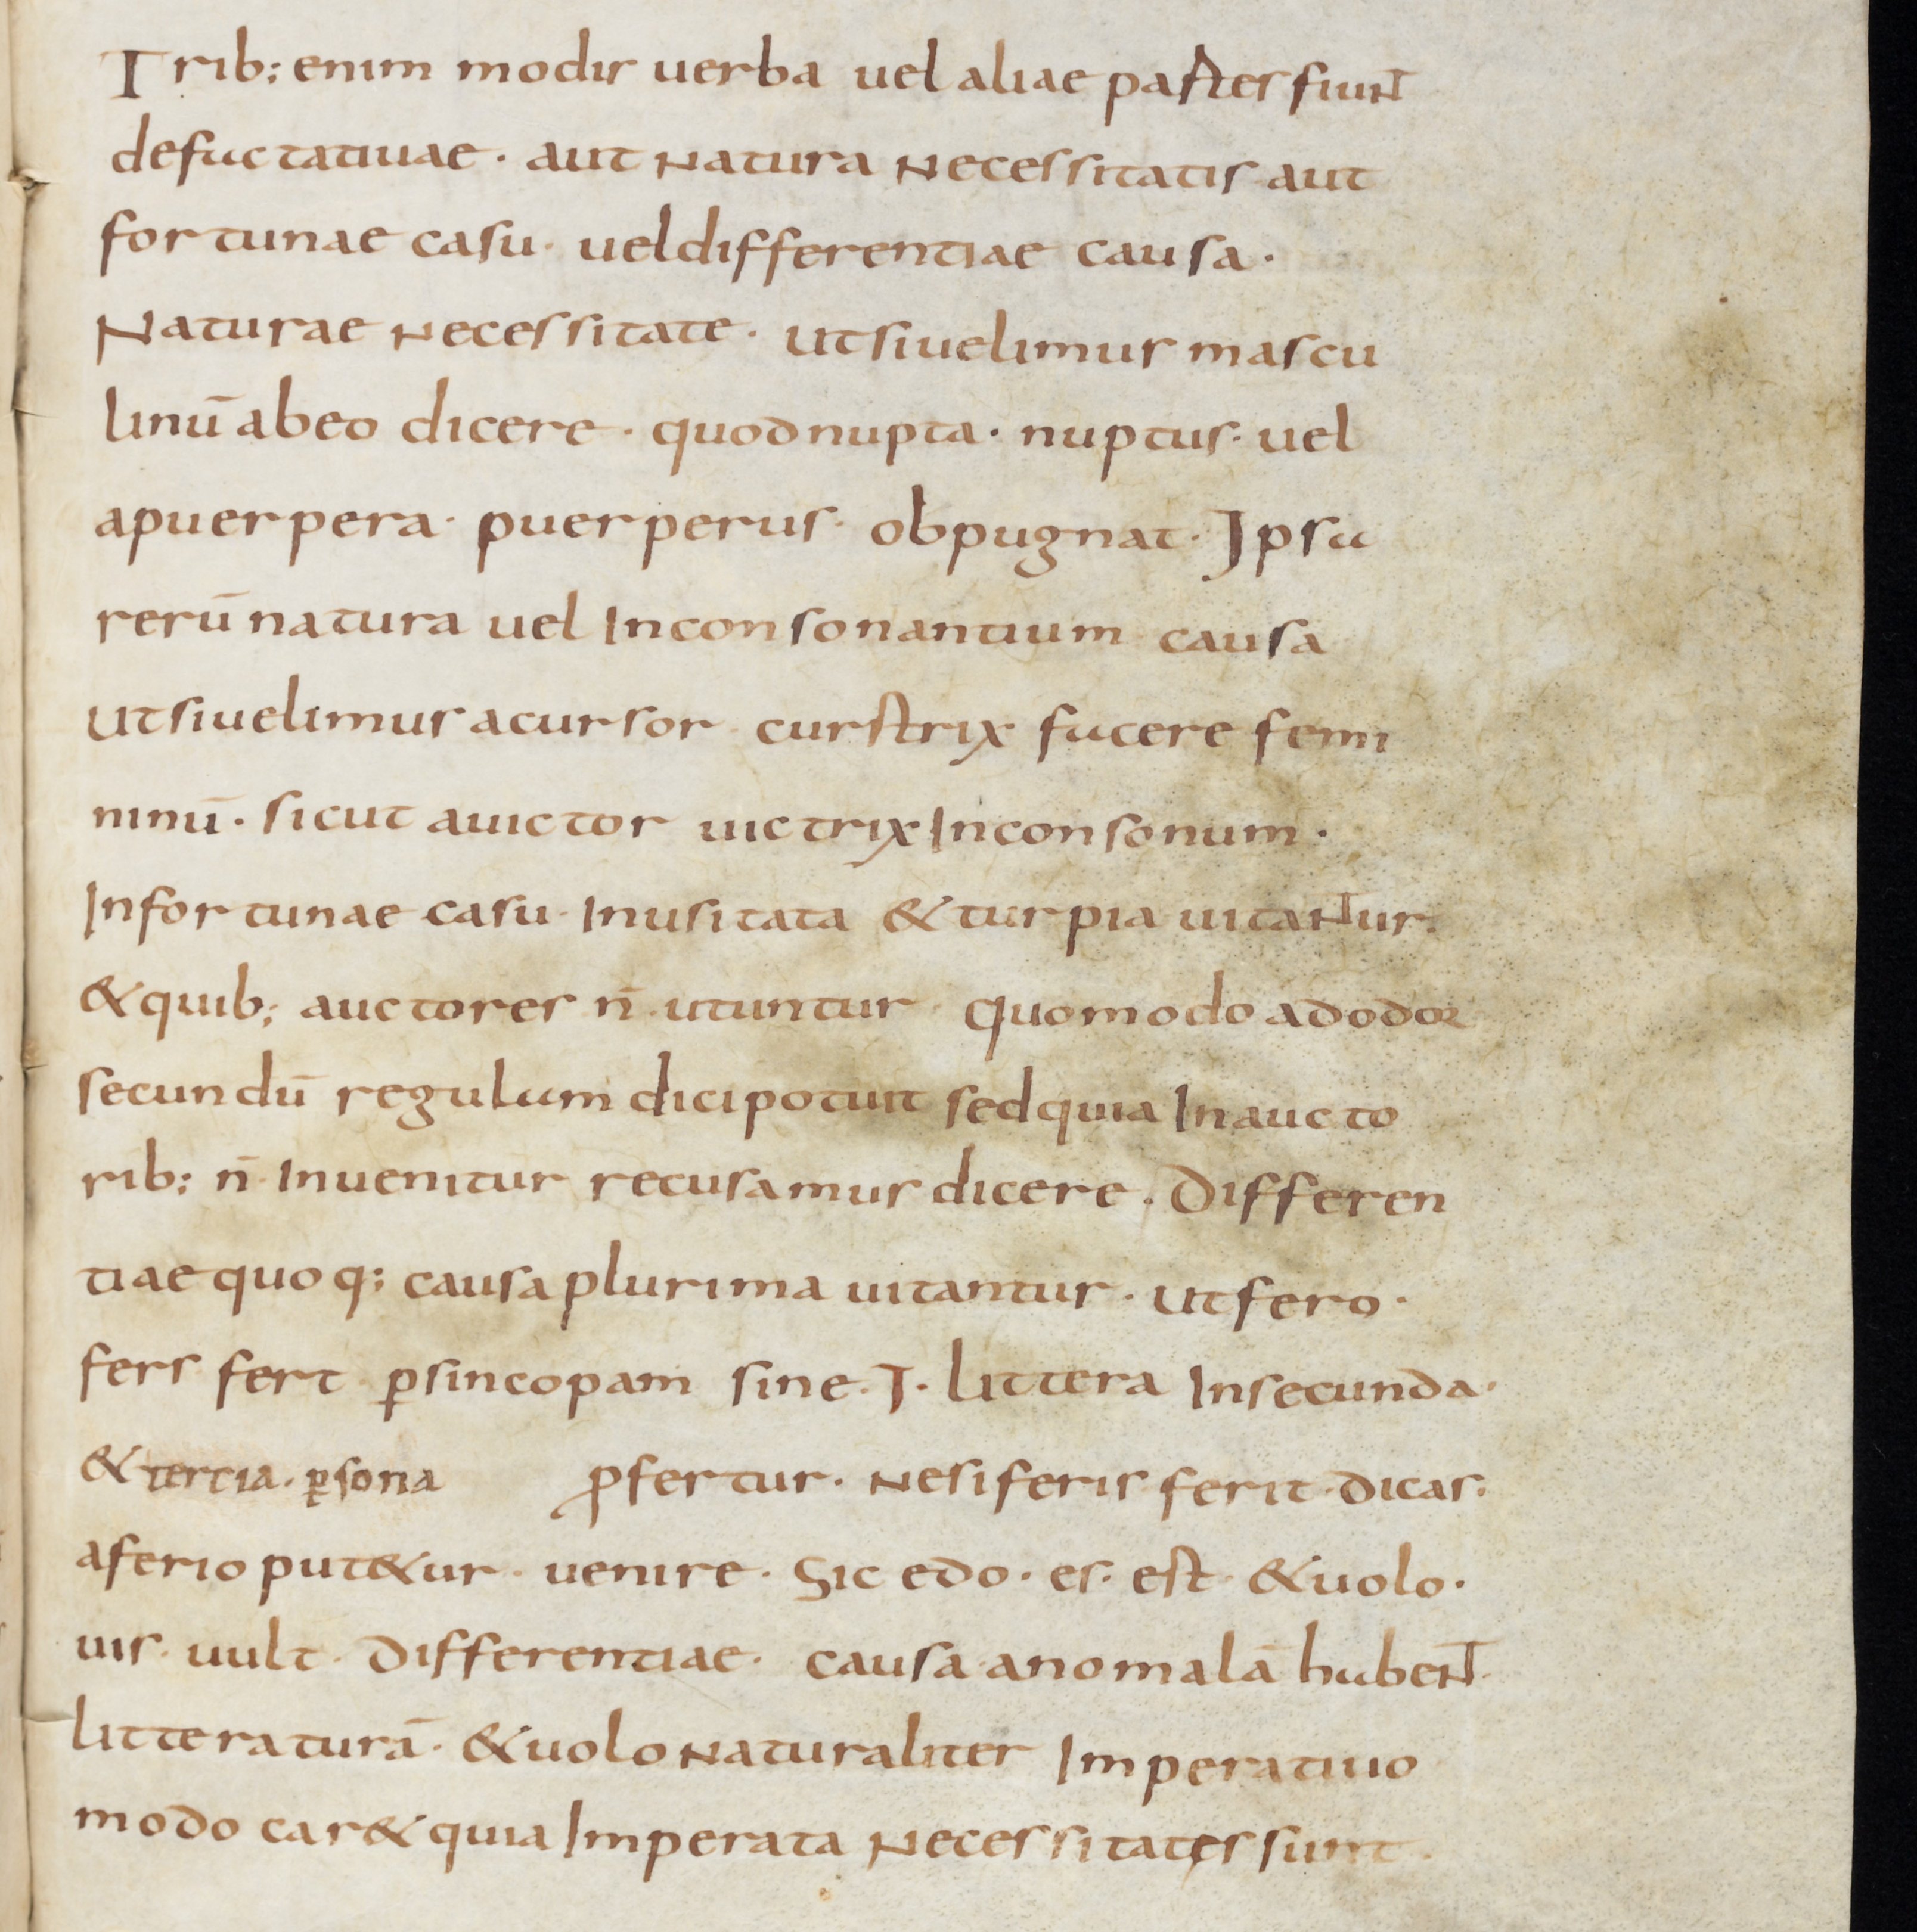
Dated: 800–899